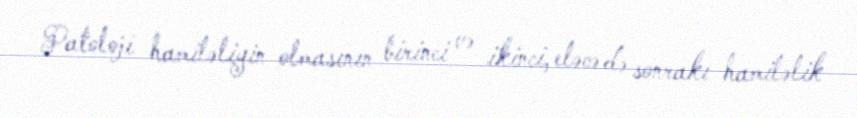
Patoloji hamiləliyin olmasının birinci və ikinci, eləcə də sonrakı hamiləlik